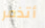
أتذمر